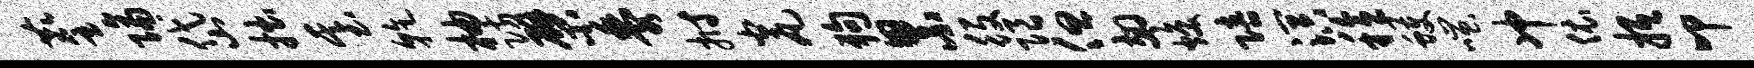
麈隔岱拙基干柚防檗黍拊瓮狗累役限但翅焕陪溟稔蠖嗤冲依抵叩